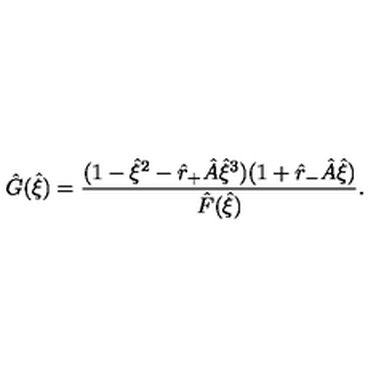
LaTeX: \hat { G } ( \hat { \xi } ) = \frac { ( 1 - \hat { \xi } ^ { 2 } - \hat { r } _ { + } \hat { A } \hat { \xi } ^ { 3 } ) ( 1 + \hat { r } _ { - } \hat { A } \hat { \xi } ) } { \hat { F } ( \hat { \xi } ) } .